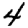
Digit: 4